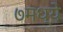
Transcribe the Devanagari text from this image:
७मध्ये